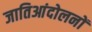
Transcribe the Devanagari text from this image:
जातिआंदोलनों